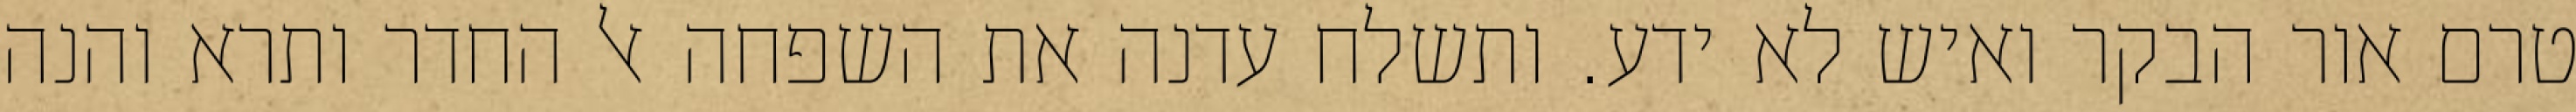
טרם אור הבקר ואיש לא ידע. ותשלח עדנה את השפחה אל החדר ותרא והנה